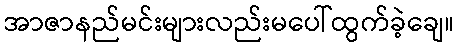
အာဇာနည်မင်းများလည်းမပေါ်ထွက်ခဲ့ချေ။